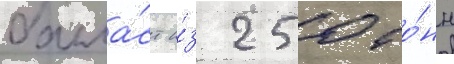
балла́ст и́з 250 то́нн